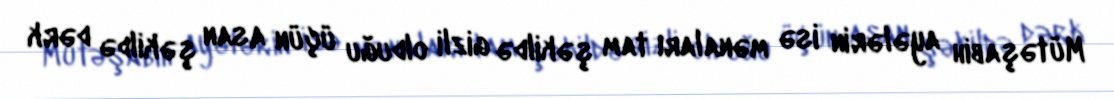
Mütəşabih ayələrin isə mənaları tam şəkildə gizli olduğu üçün asan şəkildə dərk